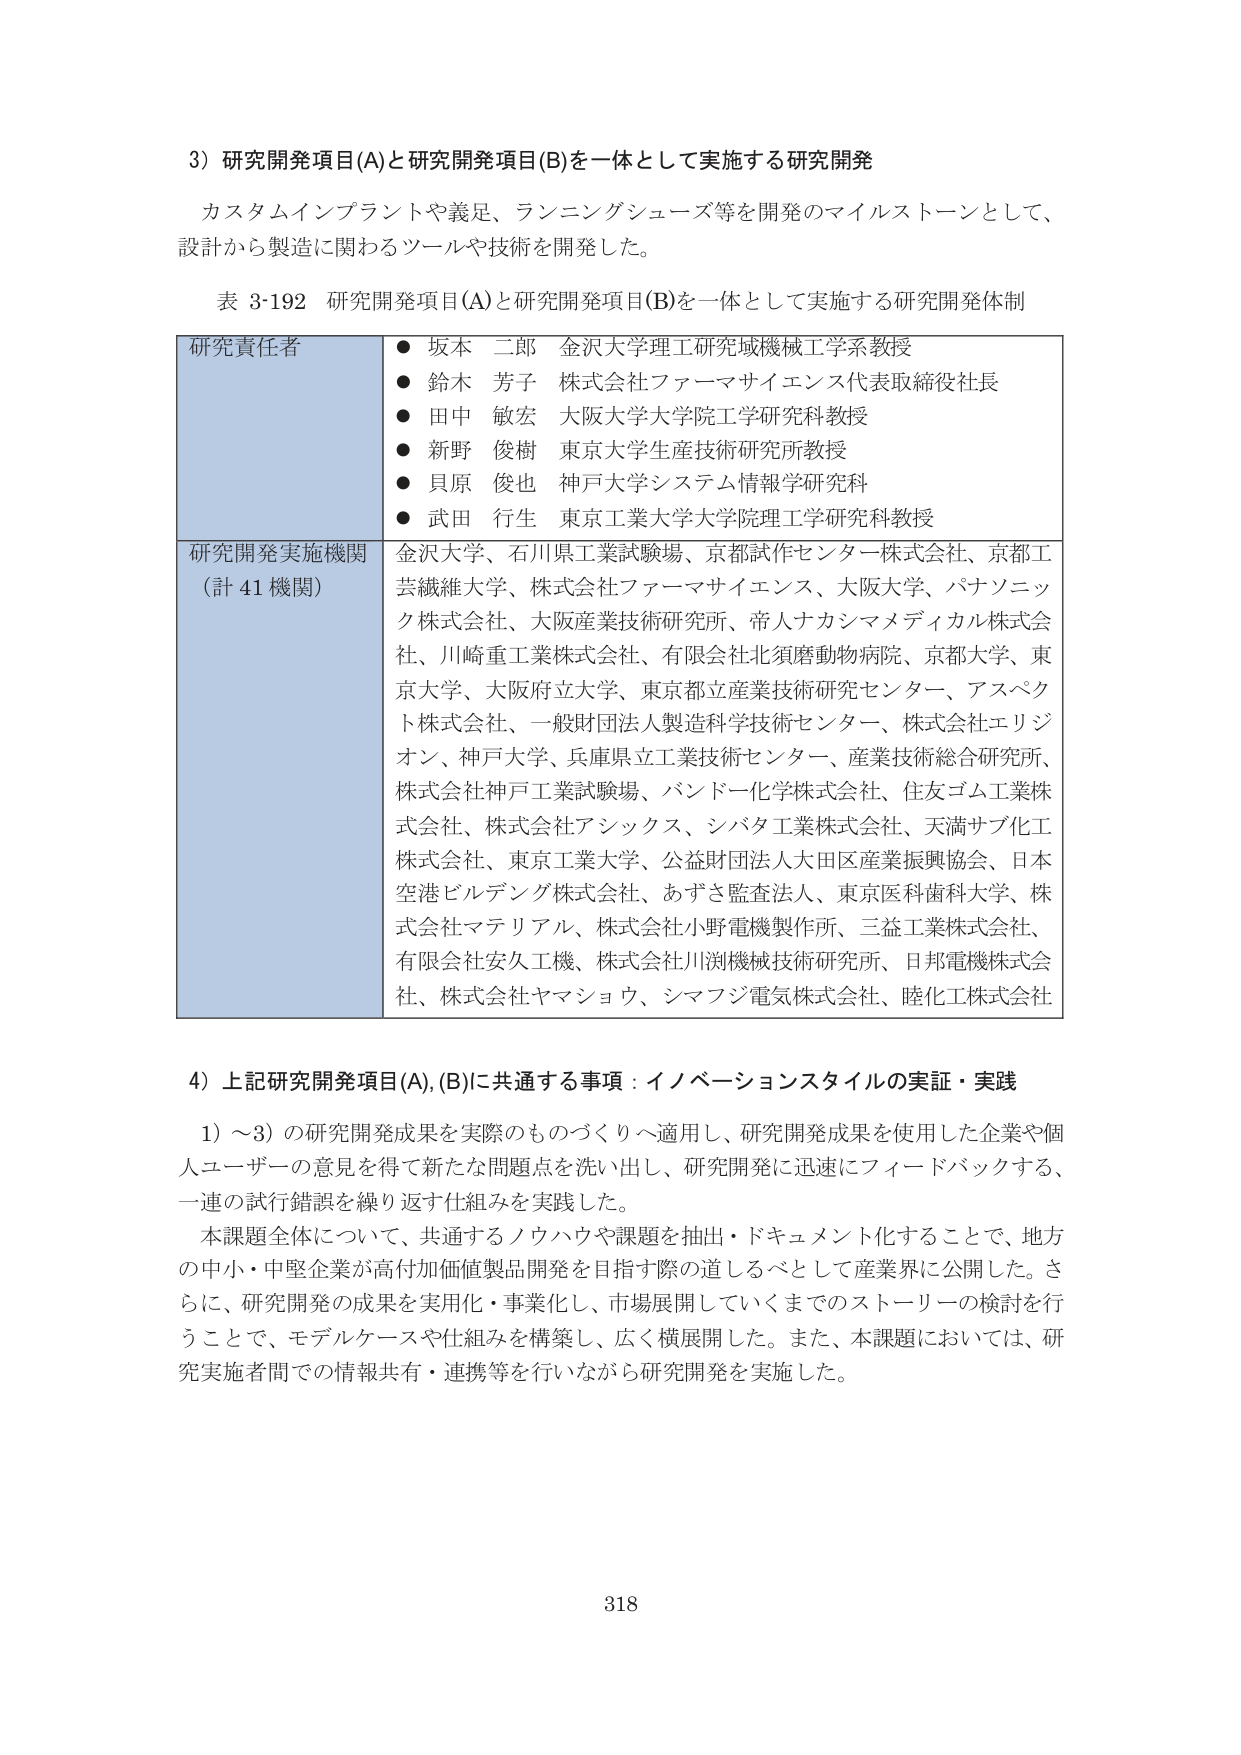
3) 研究開発項目(A)と研究開発項目(B)を一体として実施する研究開発

カスタムインプラントや義足、ランニングシューズ等を開発のマイルストーンとして、
設計から製造に関わるツールや技術を開発した。

表 3-192 研究開発項目(A)と研究開発項目(B)を一体として実施する研究開発体制

研究責任者
● 坂本 二郎 金沢大学理工研究域機械工学系教授
● 鈴木 芳子 株式会社ファーマサイエンス代表取締役社長
● 田中 敏宏 大阪大学大学院工学研究科教授
● 新野 俊樹 東京大学生産技術研究所教授
● 貝原 俊也 神戸大学システム情報学研究科
● 武田 行生 東京工業大学大学院理工学研究科教授

研究開発実施機関
(計 41 機関)
金沢大学、石川県工業試験場、京都試作センター株式会社、京都工
芸繊維大学、株式会社ファーマサイエンス、大阪大学、パナソニッ
ク株式会社、大阪産業技術研究所、帝人ナカシマメディカル株式会
社、川崎重工業株式会社、有限会社北須磨動物病院、京都大学、東
京大学、大阪府立大学、東京都立産業技術研究センター、アスペク
ト株式会社、一般財団法人製造科学技術センター、株式会社エリジ
オン、神戸大学、兵庫県立工業技術センター、産業技術総合研究所、
株式会社神戸工業試験場、バンドー化学株式会社、住友ゴム工業株
式会社、株式会社アシックス、シバタ工業株式会社、天満サブ化工
株式会社、東京工業大学、公益財団法人大田区産業振興協会、日本
空港ビルディング株式会社、あずさ監査法人、東京医科歯科大学、株
式会社マテリアル、株式会社小野電機製作所、三益工業株式会社、
有限会社安久工機、株式会社川渕機械技術研究所、日邦電機株式会
社、株式会社ヤマショウ、シマフジ電気株式会社、睦化工株式会社

4) 上記研究開発項目(A), (B)に共通する事項：イノベーションスタイルの実証・実践

1) ～3) の研究開発成果を実際のものづくりへ適用し、研究開発成果を使用した企業や個
人ユーザーの意見を得て新たな問題点を洗い出し、研究開発に迅速にフィードバックする、
一連の試行錯誤を繰り返す仕組みを実践した。
本課題全体について、共通するノウハウや課題を抽出・ドキュメント化することで、地方
の中小・中堅企業が高付加価値製品開発を目指す際の道しるべとして産業界に公開した。さ
らに、研究開発の成果を実用化・事業化し、市場展開していくまでのストーリーの検討を行
うことで、モデルケースや仕組みを構築し、広く横展開した。また、本課題においては、研
究実施者間での情報共有・連携等を行いながら研究開発を実施した。

318